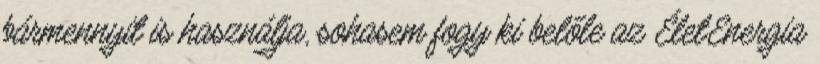
bármennyit is használja, sohasem fogy ki belőle az ÉletEnergia